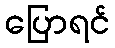
ပြောရင်